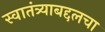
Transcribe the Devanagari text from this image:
स्वातंत्र्याबद्दलचा